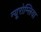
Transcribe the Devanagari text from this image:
न्यूरोम्लिया